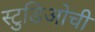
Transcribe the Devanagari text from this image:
स्टुडिओची